system: You are a helpful assistant.
user:
Analyze the provided spectrum to determine if it is a **Carbon Star (C-type)**.

- **Key Visual Indicators of Carbon Star:**
    - **(Primary):** Strong molecular absorption from **C₂ (diatomic carbon) "Swan Bands."** This is the **defining feature** of a carbon star.
        - **(Key Bandheads):** Sharp absorption edges are visible at approximately $5635$ Å, $5165$ Å (the strongest band), and $4737$ Å.
        - **(Line Profile):** Creates a distinct **"saw-tooth"** pattern. The key morphology is a sharp, steep bandhead on the **red (long-wavelength) side**, which then gradually tapers off (i.e., flux recovers) towards the **blue (short-wavelength) side**. *(This is the direct opposite of the TiO bands seen in M-type stars)*.

    - **(Secondary):** Intense **CN (cyanogen)** molecular absorption bands.
        - **(Key Bandheads):** Located in the blue and violet regions of the spectrum (e.g., near $4215$ Å and $3883$ Å).
        - **(Morphology):** These bands are extremely broad and act as a "blanket," absorbing the vast majority of blue and violet light. This creates a characteristic **"cliff"** or **"steep drop-off"** in the spectrum's flux at short wavelengths.

    - **(Key Confirmation):** Strong **CH absorption band (G-band)**.
        - **(Key Bandhead):** Located around $4300$ Å. The contribution from CH molecules to this band is exceptionally strong.

    - **(Overall Spectrum):**
        - The continuum is severely "chopped up" by these deep molecular bands, especially C₂, rather than appearing as a smooth curve.
        - Due to the heavy CN and C₂ absorption in the blue-green, the vast majority of the star's flux is concentrated in the red part of the spectrum, giving the star its characteristic deep red color.

Think first, call **spectral_visualization_tool** if needed to examine features in detail, then provide your final answer. Your response must adhere to the following strict rules:
1.  **Overall Structure:** Your response must follow the format `<think>...</think> <tool_call>...</tool_call> (if a tool is used) <answer>...</answer>`.
2.  **Tool Usage Constraint:** You may only make **one** tool call per turn.
3.  **Final Answer Format:** In the `<answer>` tag, your conclusion must be inside a `\boxed{}` command (e.g., `\boxed{YES}`), followed by your justification.

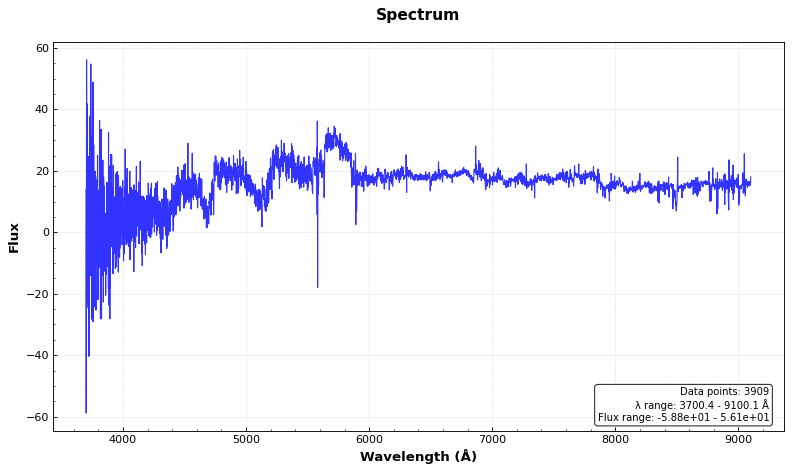
Answer: YES